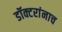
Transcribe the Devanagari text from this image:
डॉक्टरांनाच